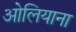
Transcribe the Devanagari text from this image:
ओलियाना